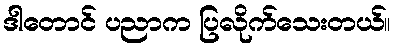
ဒါတောင် ပညာက ပြလိုက်သေးတယ်။